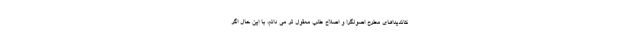
کاندیداهای مطرح اصولگرا و اصلاح طلب معقول تر می دانم، با این حال اگر